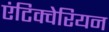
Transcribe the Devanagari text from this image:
एंटिक्वेरियन